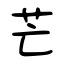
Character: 芒